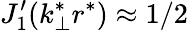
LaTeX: J_{1}^{\prime}(k_{\perp}^{*}r^{*})\approx 1/2